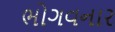
ભોગવનાર